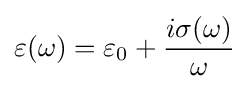
\varepsilon (\omega )=\varepsilon _{0}+{\frac {i\sigma (\omega )}{\omega }}